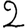
Digit: 2